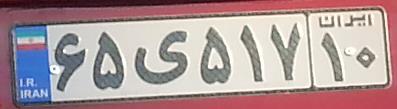
۶۵ی۵۱۷۱۰